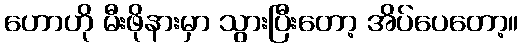
ဟောဟို မီးဖိုနားမှာ သွားပြီးတော့ အိပ်ပေတော့။